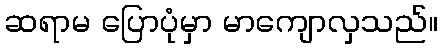
ဆရာမ ပြောပုံမှာ မာကျောလှသည်။